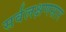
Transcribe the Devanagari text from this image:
सर्वलक्षणसार